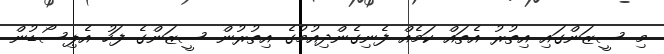
މި ސީޒަންގައި އިތުރު އެތައް ކަމެއް ފެނިގެންދިއުމުގެ އިތުރުން ސީޒަންގެ ފަހު އެޕިސޯޑުން